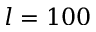
l = 1 0 0